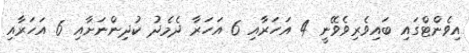
އިވެންޓްގައި ބައިވެރިވެވޭނީ 4 އަހަރާއި 6 އަހަރާ ދެމެދު ކުދިންނަށާއި 6 އަހަރާއި